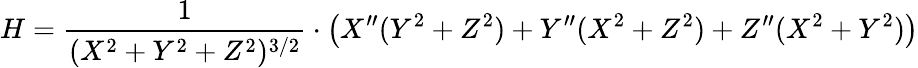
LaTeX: H=\frac{1}{(X^{2}+Y^{2}+Z^{2})^{3/2}}\cdot\left(X^{\prime\prime}(Y^{2}+Z^{2})+Y^{\prime\prime}(X^{2}+Z^{2})+Z^{\prime\prime}(X^{2}+Y^{2})\right)